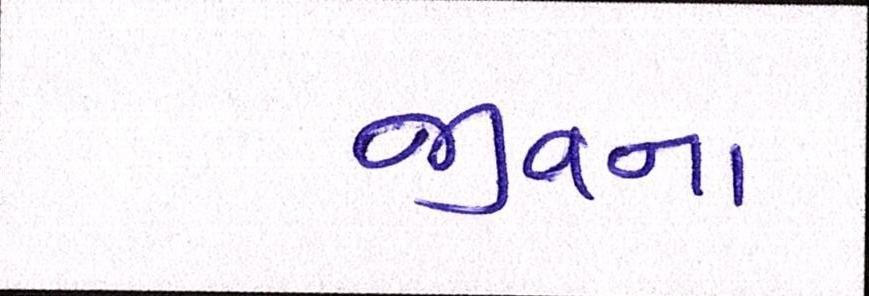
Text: જીવના